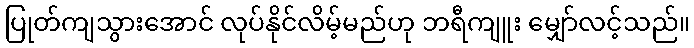
ပြုတ်ကျသွားအောင် လုပ်နိုင်လိမ့်မည်ဟု ဘရီကျူး မျှော်လင့်သည်။